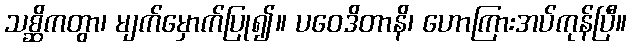
သစ္ဆိကတွာ၊ မျက်မှောက်ပြု၍။ ပဝေဒိတာနိ၊ ဟောကြားအပ်ကုန်ပြီ။